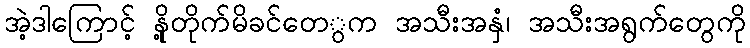
အဲ့ဒါကြောင့် နို့တိုက်မိခင်တေွက အသီးအနှံ၊ အသီးအရွက်တေွကို